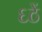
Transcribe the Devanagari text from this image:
६ठें